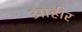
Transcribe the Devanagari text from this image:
आहीर